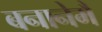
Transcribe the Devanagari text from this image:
बनानेमैं